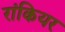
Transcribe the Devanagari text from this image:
रांकियर